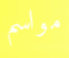
مواسم